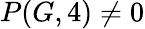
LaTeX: P(G,4)\neq 0